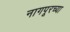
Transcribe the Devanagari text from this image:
नागपूरच्‍या